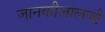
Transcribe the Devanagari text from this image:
जानकीलालजी